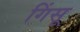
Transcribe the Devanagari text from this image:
गिंसू